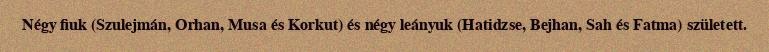
Négy fiuk (Szulejmán, Orhan, Musa és Korkut) és négy leányuk (Hatidzse, Bejhan, Sah és Fatma) született.